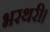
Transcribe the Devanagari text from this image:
भरथरी।